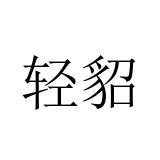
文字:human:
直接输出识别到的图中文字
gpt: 轻貂